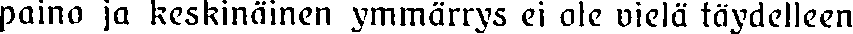
paino ja keskinäinen ymmärrys ei ole wielä täydelleen